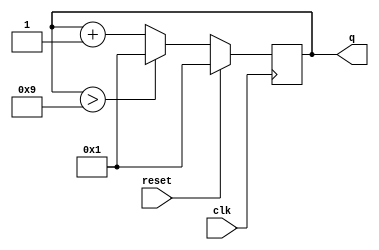
module top_module (
    input clk,
    input reset,
    output [3:0] q);

    always@(posedge clk) begin
        if(reset)
            q<=1;
        else begin
            //q>10 means we are counting from 1 to 11 due to delay in sync block
            if(q>9)
                q<=1;
            else
                q<=q+1;
        end
    end

endmodule